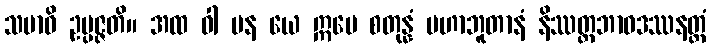
သမာဓိ ဥပ္ပဇ္ဇတိ။ အထ ဝါ ပန ယေ ဣမေ စတုန္နံ မဟာဘူတာနံ နိဿတ္တဘာဝဒဿနတ္ထံ